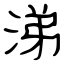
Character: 涕